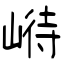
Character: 崻